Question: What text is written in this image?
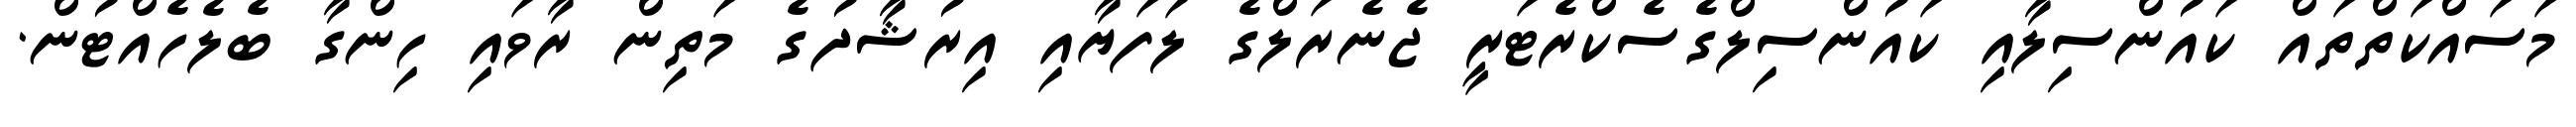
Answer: މަސައްކަތްތައް ކައުންސިލާއި ކައުންސިލްގެސެކްރެޓަރީ ޖެނެރަލްގެ ލަފަޔާއި އިރުޝާދުގެ މަތިން ރާވައި ހިންގާ ބެލެހެއްޓުން.